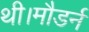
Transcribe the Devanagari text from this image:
थी।मौडर्न